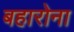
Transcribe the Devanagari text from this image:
बहारोना